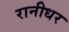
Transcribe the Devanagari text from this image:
रानीधर